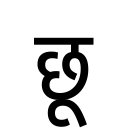
OCR:
छू